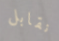
نقابل